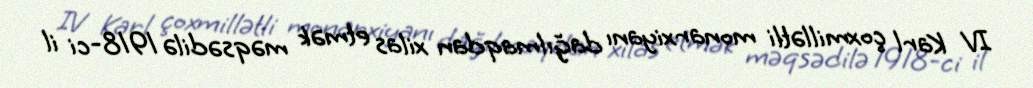
IV Karl çoxmillətli monarxiyanı dağılmaqdan xilas etmək məqsədilə 1918-ci il